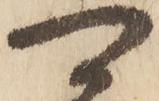
可